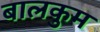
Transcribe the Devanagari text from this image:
बालकुम